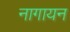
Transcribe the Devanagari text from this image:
नागायन